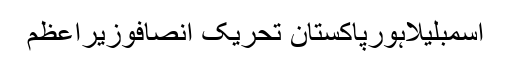
اسمبلیلاہورپاکستان تحریک انصافوزیراعظم